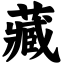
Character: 藏